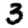
Digit: 3